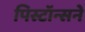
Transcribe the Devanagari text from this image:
पिस्टॉन्सने